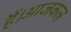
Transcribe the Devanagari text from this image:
हैं।आजकल